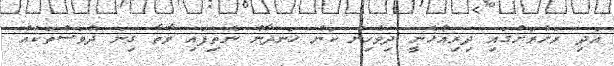
އަދި ރަށްރަށުގައި ދިރިއުޅެނީ ދިވެހިން ކަން ހަނދާން ނެތިފައި ވާތާ ގިނަ ދުވަސްތަކެއް